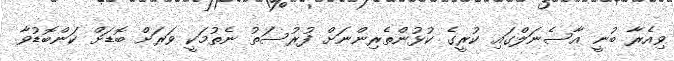
ވިއެރާ ބުނީ އާސެނަލްގައި ކުރީގެ ކުޅުންތެރިންނަށް ފުރުސަތު ނެތުމަކީ ވަރަށް ބޮޑަށް ކަންބޮޑުވާ